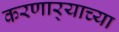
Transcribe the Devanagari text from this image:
करणार्‍याच्या